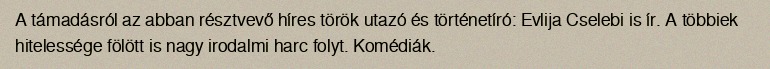
A támadásról az abban résztvevő híres török utazó és történetíró: Evlija Cselebi is ír. A többiek hitelessége fölött is nagy irodalmi harc folyt. Komédiák.